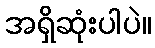
အရှိဆုံးပါပဲ။